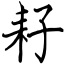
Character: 耔